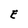
Character: E